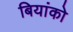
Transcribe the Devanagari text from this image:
बियांको